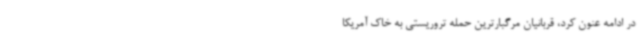
در ادامه عنون کرد، قربانیان مرگبارترین حمله تروریستی به خاک آمریکا